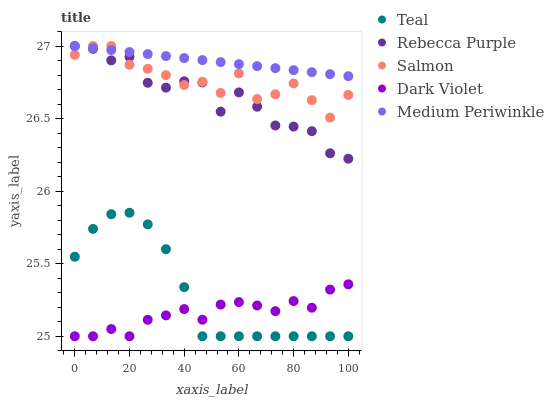
| xaxis_label | Teal | Rebecca Purple | Salmon | Dark Violet | Medium Periwinkle |
 | --- | --- | --- | --- | --- | --- |
 | 0 | 25.5 | 27 | 26.9 | 25 | 27 |
 | 6.67 | 25.7 | 27 | 27 | 25 | 27 |
 | 13.3 | 25.8 | 26.9 | 27 | 25 | 27 |
 | 20 | 25.9 | 26.9 | 26.9 | 25 | 27 |
 | 26.7 | 25.8 | 26.7 | 26.8 | 25.1 | 26.9 |
 | 33.3 | 25.6 | 26.7 | 26.8 | 25.1 | 26.9 |
 | 40 | 25.3 | 26.8 | 26.7 | 25.2 | 26.9 |
 | 46.7 | 25 | 26.7 | 26.8 | 25.1 | 26.9 |
 | 53.3 | 25 | 26.5 | 26.7 | 25.2 | 26.9 |
 | 60 | 25 | 26.7 | 26.8 | 25.2 | 26.9 |
 | 66.7 | 25 | 26.6 | 26.6 | 25.2 | 26.9 |
 | 73.3 | 25 | 26.5 | 26.7 | 25.2 | 26.8 |
 | 80 | 25 | 26.4 | 26.7 | 25.2 | 26.8 |
 | 86.7 | 25 | 26.4 | 26.6 | 25.2 | 26.8 |
 | 93.3 | 25 | 26.3 | 26.5 | 25.3 | 26.8 |
 | 100 | 25 | 26.2 | 26.7 | 25.4 | 26.8 |